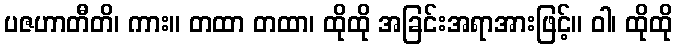
ပဇဟာတီတိ၊ ကား။ တထာ တထာ၊ ထိုထို အခြင်းအရာအားဖြင့်။ ဝါ၊ ထိုထို